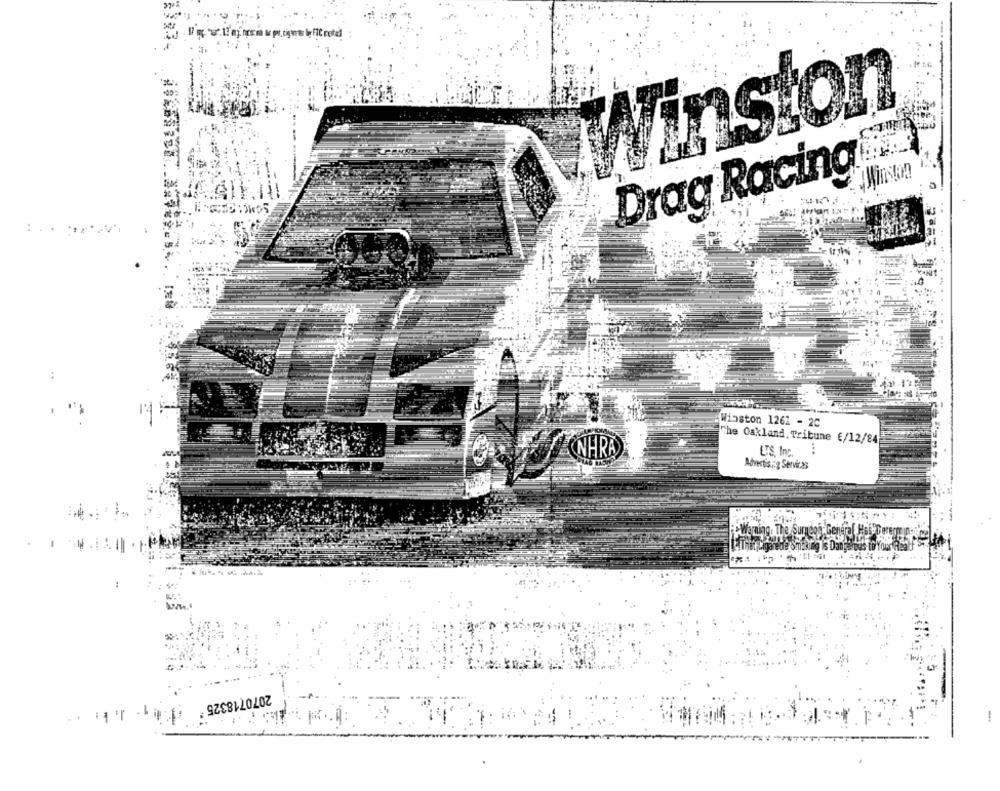
Winston
Drag Racing
:
14
Winston 1261 - 20
The Oakland, Tribune €/12/84
LTS. Inc.
NHRA
Advertis : g Services
ng. The
2070718325 '
..
-